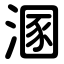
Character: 溷